Report on sanitation, dispensaries, and jails in Rajputana for 1919, and on vaccination for the year 1919-1920 - 1919-1920
Year: 1919
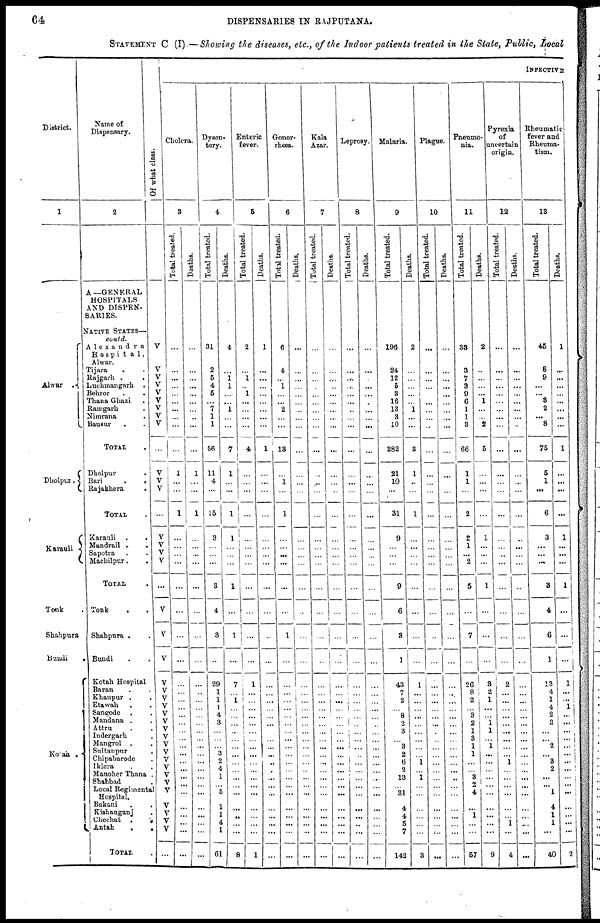
64
DISPENSARIES IN RAJPUTANA.
STATEMENT C (I).—Showing the diseases, etc., of the Indoor patients treated in the State, Public, Local
District.
1
Alwar .
Dholpur .
Karauli
Tonk
Shahpura
Bundi
.
Kotah .
Name of
Dispensary.
2
A— GENERAL
HOSPITALS
AND DISPEN-
SARIES.
NATIVE STATES—
contd.
Alexandra
Hospital,
Alwar.
Tijara . .
Rajgarh .
.
Luchmangarh .
Behror . .
Thana Ghazi .
Ramgarh .
Nimrana .
Bausur
. .
TOTAL .
Dholpur .
Bari . .
Rajakhera .
TOTAL .
Karauli . .
Mandrail .
.
Sapotra . .
Machilpur .
.
TOTAL .
Tonk . .
Shahpura . .
Bundi . .
Kotah Hospital
Baran . .
Khanpur . .
Etawah . .
Sangode . .
Mandana . .
Attru . .
Indergarh .
Mangrol . .
Sultanpur .
Chipabarode .
Iklera . .
Manoher Thana .
Shahbad .
Local Regimental
Hospital.
Bakani . .
Kishanganj .
Chechat .
.
Antah
.
.
TOTAL .
Of what class.
V
V
V
V
V
V
V
V
V
...
V
V
V
...
V
V
V
V
...
V
V
V
V
V
V
V
V
V
V
V
V
V
V
V
V
V
V
V
V
V
V
...
INFECTIVE
Cholera.
3
Total treated.
...
...
...
...
...
...
...
...
...
...
1
...
...
1
...
...
...
...
...
...
...
...
...
...
...
...
...
...
...
...
...
...
...
...
...
...
...
...
...
...
...
...
Deaths.
...
...
...
...
...
...
...
...
...
...
1
...
...
1
...
...
...
...
...
...
...
...
...
...
...
...
...
...
...
...
...
...
...
...
...
...
...
...
...
...
...
...
Dysen-
tery.
4
Total treated.
31
2
5
4
5
...
7
1
1
56
11
4
...
15
3
...
...
...
3
4
3
...
29
1
1
1
4
3
...
...
...
3
2
4
1
...
5
1
1
4
1
61
Deaths.
4
...
1 1
...
...
1
...
...
7
1
...
...
1
1
...
...
...
1
...
1
...
7
...
1
...
...
...
...
...
...
...
...
...
...
...
...
...
...
...
...
8
Enteric
fever.
6
Total treated.
2
...
1
...
1
...
...
...
...
4
...
...
...
...
...
...
...
...
...
...
...
...
1
...
...
...
...
...
...
...
...
...
...
...
...
...
...
...
...
...
...
1
Deaths.
1
...
...
...
...
...
...
...
...
1
...
...
...
...
...
...
...
...
...
...
...
...
...
...
...
...
...
...
...
...
...
...
...
... ...
...
...
...
...
...
...
...
Gonor-
rhœa.
6
Total treated.
6
4
...
1
...
...
2
...
...
13
...
1
...
1
...
...
...
...
...
...
1
...
...
...
...
...
...
...
...
...
...
...
...
...
...
...
...
...
...
...
...
...
Deaths.
...
...
...
...
...
...
...
...
...
...
...
...
...
...
...
...
...
...
...
...
...
...
..
...
...
...
...
...
...
...
...
...
...
...
...
...
...
...
...
...
...
...
Kala
Azar.
7
Total treated.
...
...
...
...
...
...
...
...
...
...
...
...
...
...
...
...
...
...
...
...
...
...
...
...
...
...
...
...
...
...
...
...
...
...
...
...
...
...
...
...
...
...
Deaths.
...
...
...
...
...
...
...
...
...
...
...
...
...
...
...
...
...
...
...
...
...
...
...
...
...
...
...
...
...
...
...
...
...
...
...
...
...
...
...
...
...
...
Leprosy.
8
Total treated.
...
...
...
...
...
...
...
...
...
...
...
...
...
...
...
...
...
...
...
...
...
...
...
...
...
...
...
...
...
...
...
...
...
...
...
...
...
...
...
...
...
...
Deaths.
...
...
...
...
...
...
...
...
...
...
...
...
...
...
...
...
...
...
...
...
...
...
...
...
...
...
...
...
...
...
...
...
...
...
...
...
...
...
...
...
...
...
Malaria.
9
Total treated.
196
24
12
5
3
16
13
3
10
282
21
10
...
31
9
...
...
...
9
6
3
1
43
7
2
... 8
2
3
...
3
2
6
2
13
...
31
4
4
5
7
142
Deaths.
2
...
...
...
...
...
1
...
...
3
1
...
...
1
...
...
...
...
...
...
...
...
1
...
...
...
...
...
...
...
...
...
1
...
1
...
...
...
...
...
...
3
Plague.
10
Total treated.
...
...
...
...
...
...
...
...
...
...
...
...
...
...
...
...
...
...
...
...
...
...
...
...
...
...
...
...
...
...
...
...
...
...
...
...
...
...
...
...
...
...
Deaths.
...
...
...
...
...
...
...
...
...
...
...
...
...
...
...
...
...
...
...
...
...
...
...
...
...
...
...
...
...
...
...
...
...
...
...
...
...
...
...
...
...
Pneumo-
nia.
11
Total treated.
33
3
7
3
9
6
1
1
3
66
1
1
...
2
2
1
...
2
5
...
7
...
26
8
2
... 3
2
1
3
1
1
...
...
3
2
4
...
1
...
...
57
Deaths.
2
...
...
...
...
1
...
... 2
5
...
...
...
...
1
...
...
...
1
...
...
...
3
2
1
...
... 1
l
...
1
...
...
...
...
...
...
...
...
...
...
9
Pyrexia
of
uncertain
origin.
12
Total treated.
...
...
...
...
...
...
...
...
...
...
...
...
...
...
...
...
...
...
...
...
...
...
2
...
...
...
...
...
...
...
...
...
1
...
...
...
...
...
...
1
...
4
Deaths.
...
...
...
...
...
...
...
...
...
...
...
...
...
...
...
...
...
...
...
...
...
...
...
...
...
...
...
...
...
...
...
...
...
... ...
...
...
...
...
...
...
...
Rheumatic-
fever and
Rheuma-
tism.
13
Total treated.
45
8
9
...
...
3
2
...
8
75
5
1
...
6
3
...
...
...
3
4
6
1
13
4
1
4
2
2
...
...
2
...
3
2
...
...
1
4
1
1
...
40
Deaths.
1
...
...
...
...
...
...
...
...
1
...
...
...
...
1
...
...
...
1
...
...
...
1
...
...
1
...
...
...
...
...
...
...
...
...
...
...
...
...
...
...
2